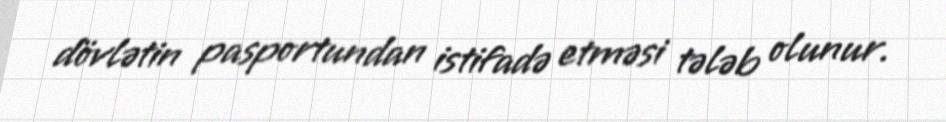
dövlətin pasportundan istifadə etməsi tələb olunur.